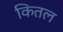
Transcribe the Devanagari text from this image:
कितल